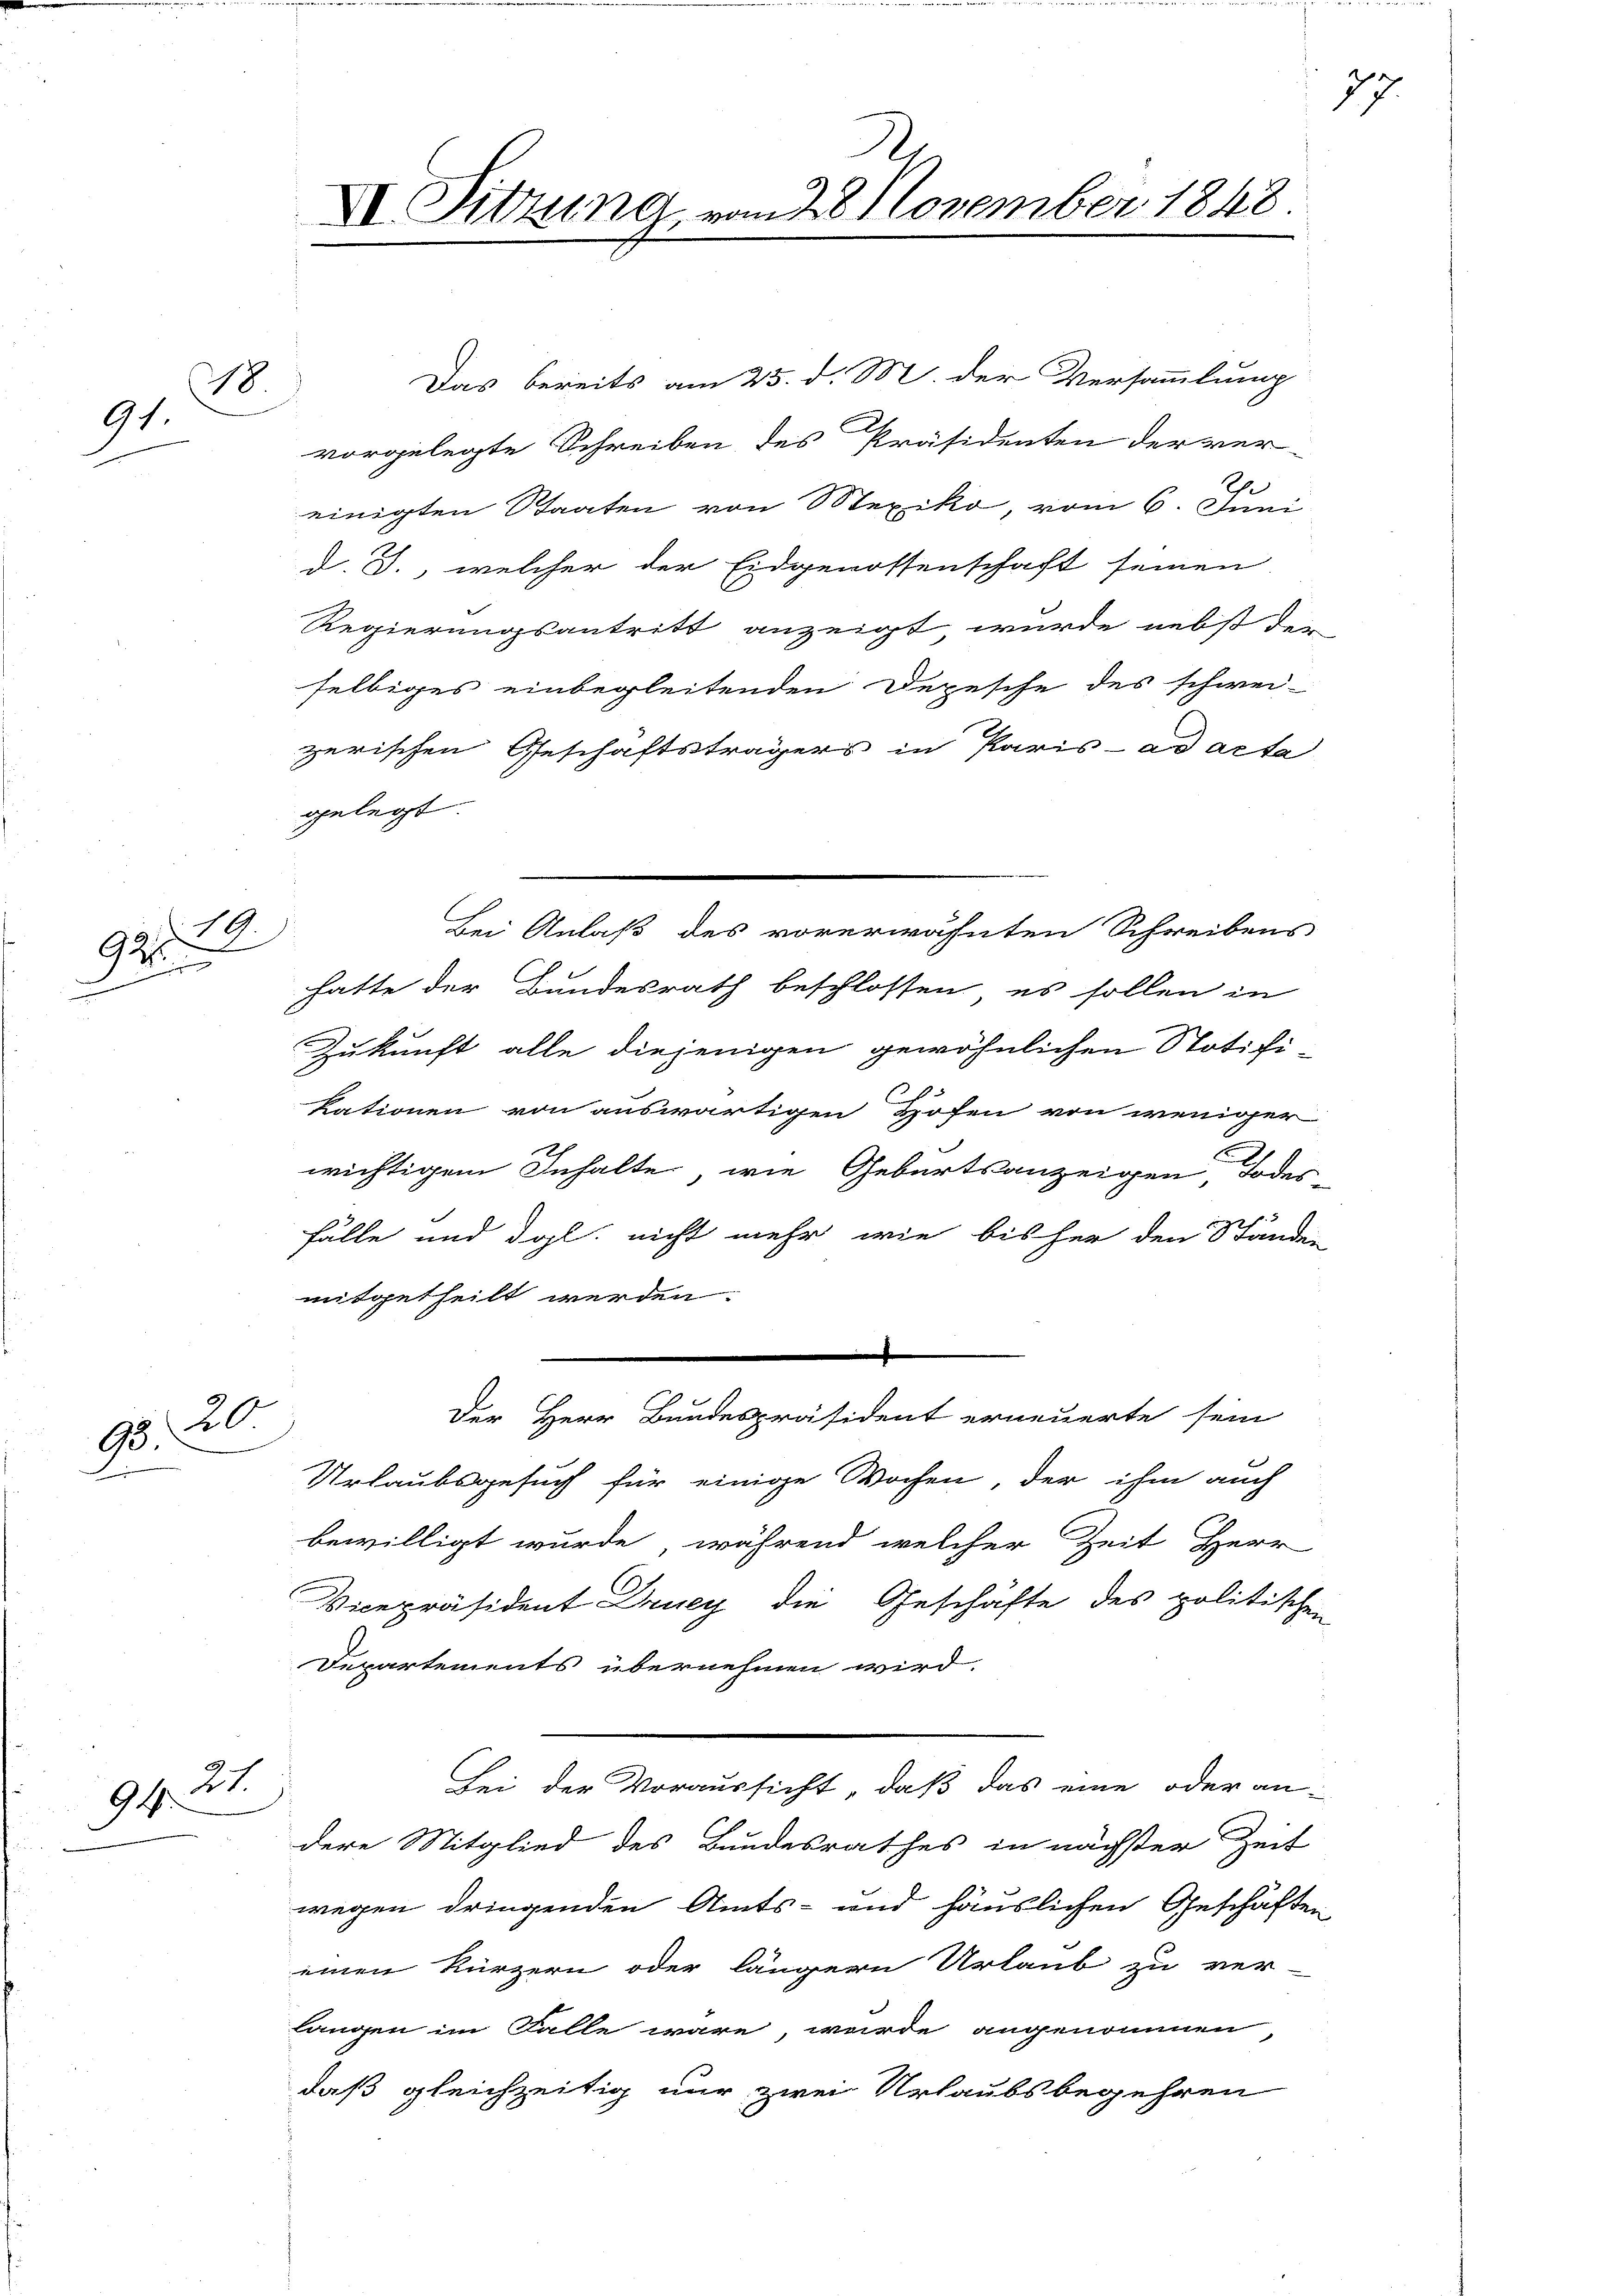
18
91.
17

19

9

20
93.

21.
94.

X Sitzung vom 28 November 1848.

Das bereits am 25. d. M. der Versammlung
vorgelegte Schreiben des Präsidenten der ver-
2
einigten Staaten von Stexiko, vom 6. Juni
d. J., welcher der Eidgenossenschaft seinen
Regierungsantritt anzeigt, wurde nebst der
selbiges einbegleitenden Depesche des schwei-
zerischen Geschäftsträgers in Paris ad acta
gelegt.
Bei Anlaß des vorerwähnten Schreibens
hatte der Bundesrath beschlossen, es sollen in
Zukunft alle diejenigen gewöhnlichen Stotifi-
kationen von auswärtigen Hofen von weniger
wichtigem Inhalte, wie Geburtsanzeigen Todes-
fälle und dol. nicht mehr wie bisher den Ständen
mitgetheilt werden.
t
Der Herr Bundespräsident erneuerte sein
Urlaubsgesuch für einige Wochen, der ihm auch
bewilligt wurde, während welcher Zeit Herr
Vicepräsident Druey die Geschäfte des politischen
Departements übernehmen wird.
Bei der Voraussicht, daß das eine oder an-
dere Mitglied des Bundesrathes in nächster Zeit
wegen dringenden Amts- und häuslichen Geschäften
einen Kürzern oder längern Urlaub zu ver-
langen im Falle wäre, wurde angenommen,
daß gleichzeitig nur zwei Urlaubs begehren

77